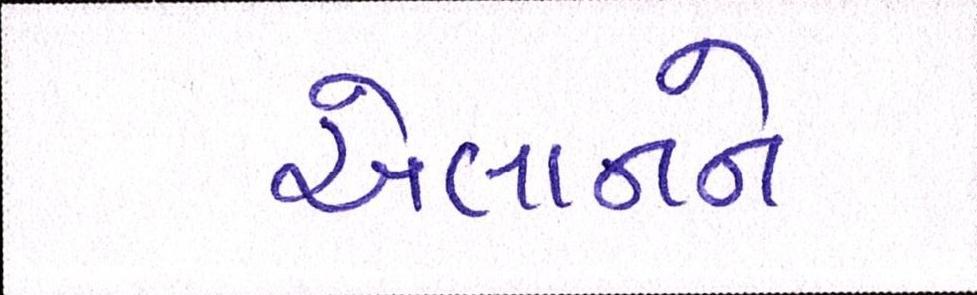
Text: એલાનને